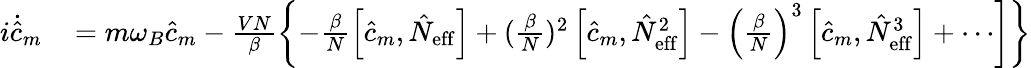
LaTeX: \begin{array}{rl}{i\dot{\hat{c}}_{m}}&{{}\left.=m\omega_{B}\hat{c}_{m}-\frac{VN}{\beta}\left\{ -\frac{\beta}{N}\left[\hat{c}_{m},\hat{N}_{\mathrm{eff}}\right]+(\frac{\beta}{N})^{2}\left[\hat{c}_{m},\hat{N}_{\mathrm{eff}}^{2}\right]-\left(\frac{\beta}{N}\right)^{3}\left[\hat{c}_{m},\hat{N}_{\mathrm{eff}}^{3}\right]+\cdots\right]\right\} }\end{array}